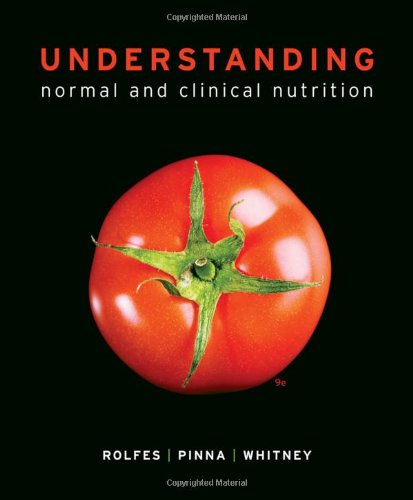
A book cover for Understanding Normal and Clinical Nutrition; Sharon Rady Rolfes; Medical Books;